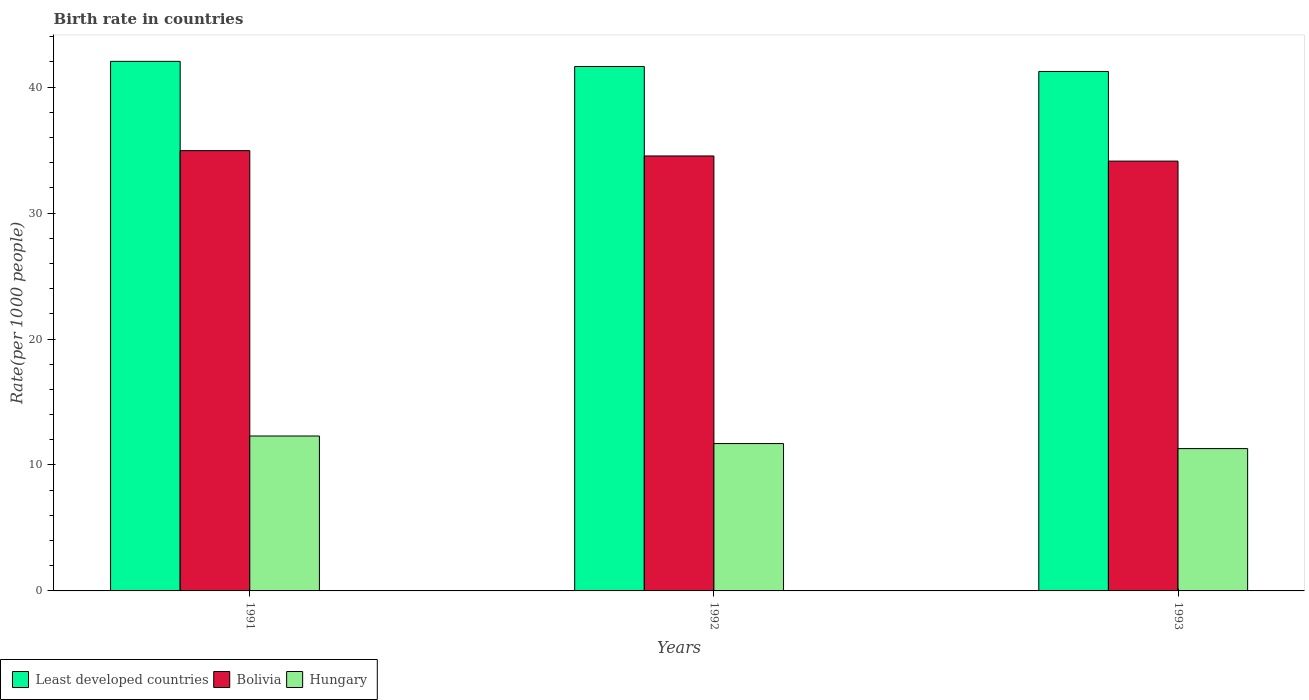
| Years | Least developed countries | Bolivia | Hungary |
 | --- | --- | --- | --- |
 | 1991 | 42 | 35 | 12.3 |
 | 1992 | 41.6 | 34.5 | 11.7 |
 | 1993 | 41.2 | 34.1 | 11.3 |